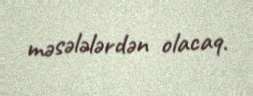
məsələlərdən olacaq.